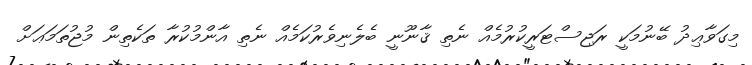
މިގަވާޢިދު ބޭނުމަކީ ރަޖިސްޓަރީކުރުމެއް ނެތި ޤާނޫނީ ބެލެނިވެރުކަމެއް ނެތި އާންމުކުރާ ތަކެތިން މުޖުތަމަޢަށް